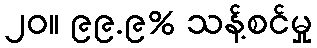
၂၀။ ၉၉.၉% သန့်စင်မှု